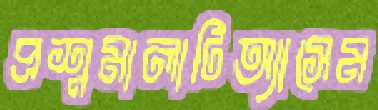
প্রশ্নমালাটিঅ্যাসেম